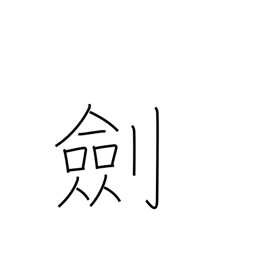
Meaning: sword